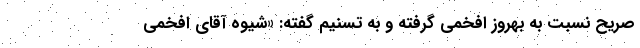
صریح نسبت به بهروز افخمی گرفته و به تسنیم گفته: «شیوه‌ آقای افخمی